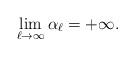
LaTeX: \begin{align*}\lim_{\ell \to \infty} \alpha_\ell = +\infty.\end{align*}